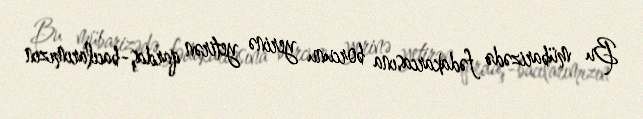
Bu mübarizədə fədakarcasına borcunu yerinə yetirən qardaş-bacılarımızın